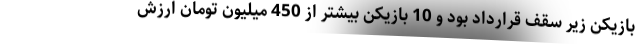
بازیکن زیر سقف قرارداد بود و 10 بازیکن بیشتر از 450 میلیون تومان ارزش